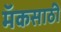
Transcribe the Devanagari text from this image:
मॅकसाठी